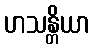
ဟသန္တိယာ